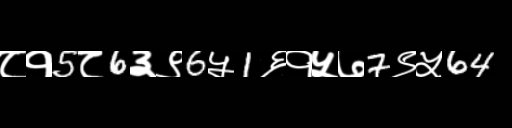
Text: ८१5८6३९6५1६१५७7९५64